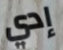
إدي